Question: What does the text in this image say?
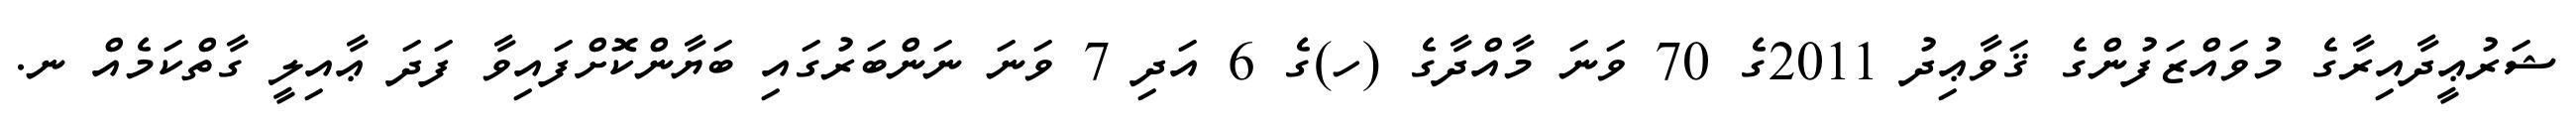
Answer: ޝަރުޢީދާއިރާގެ މުވައްޒަފުންގެ ޤަވާޢިދު 2011ގެ 70 ވަނަ މާއްދާގެ (ހ)ގެ 6 އަދި 7 ވަނަ ނަންބަރުގައި ބަޔާންކޮށްފައިވާ ފަދަ ޢާއިލީ ގާތްކަމެއް ނ.